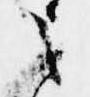
之